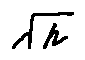
\sqrt { h }